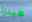
هيدرا